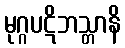
မုဂ္ဂပဋိဘသ္တာနိ